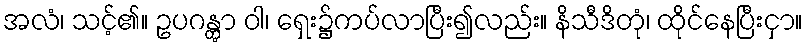
အလံ၊ သင့်၏။ ဥပဂန္တွာ ဝါ၊ ရှေး၌ကပ်လာပြီး၍လည်း။ နိသီဒိတုံ၊ ထိုင်နေပြီးငှာ။